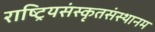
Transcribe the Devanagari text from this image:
राष्ट्रियसंस्कृतसंस्थानम